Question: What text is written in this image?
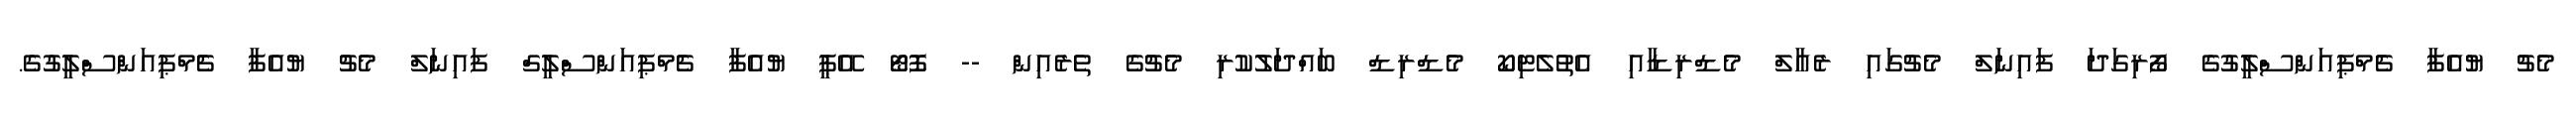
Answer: މެޗު ޔުއެފާ ޗެމްޕިއަންސްލީގުގެ ފޯރިގަދަ ފައިނަލް މެޗުގައި ރެއާލް މެޑްރިޑާއި އެތުލެޓިކޯ މެޑްރިޑް ބައްދަލުކުރި މެޗުގެ ތެރެއިން -- ފޮޓޯ އޭޕީ ޔުއެފާ ޗެމްޕިއަންސްލީގް ފައިނަލް މެޗު ޔުއެފާ ޗެމްޕިއަންސްލީގުގެ.